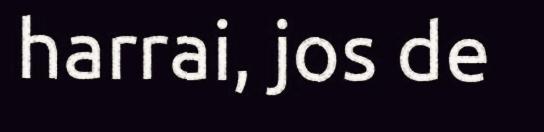
harrai, jos de